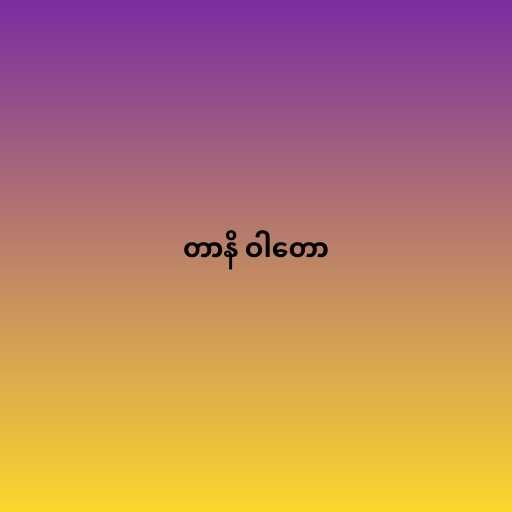
တာနိ ဝါတော